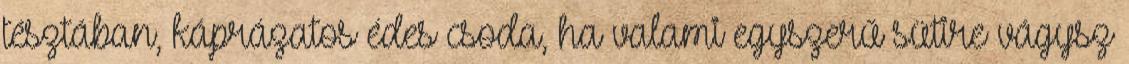
tésztában, káprázatos édes csoda, ha valami egyszerű sütire vágysz